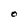
Character: O